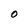
Character: O